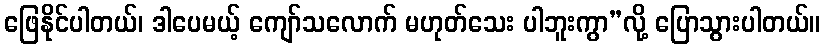
ဖြေနိုင်ပါတယ်၊ ဒါပေမယ့် ကျော်သလောက် မဟုတ်သေး ပါဘူးကွာ”လို့ ပြောသွားပါတယ်။